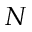
N